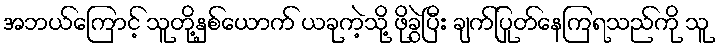
အဘယ်ကြောင့် သူတို့နှစ်ယောက် ယခုကဲ့သို့ ဖိုခွဲပြီး ချက်ပြုတ်နေကြရသည်ကို သူ